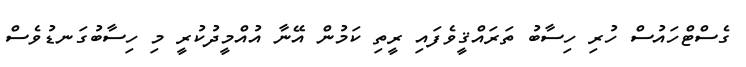
ގެސްޓްހައުސް ހުރި ހިސާބު ތަރައްޤީވެފައި ރީތި ކަމުން އޭނާ އުއްމީދުކުރީ މި ހިސާބުގަނޑުވެސް